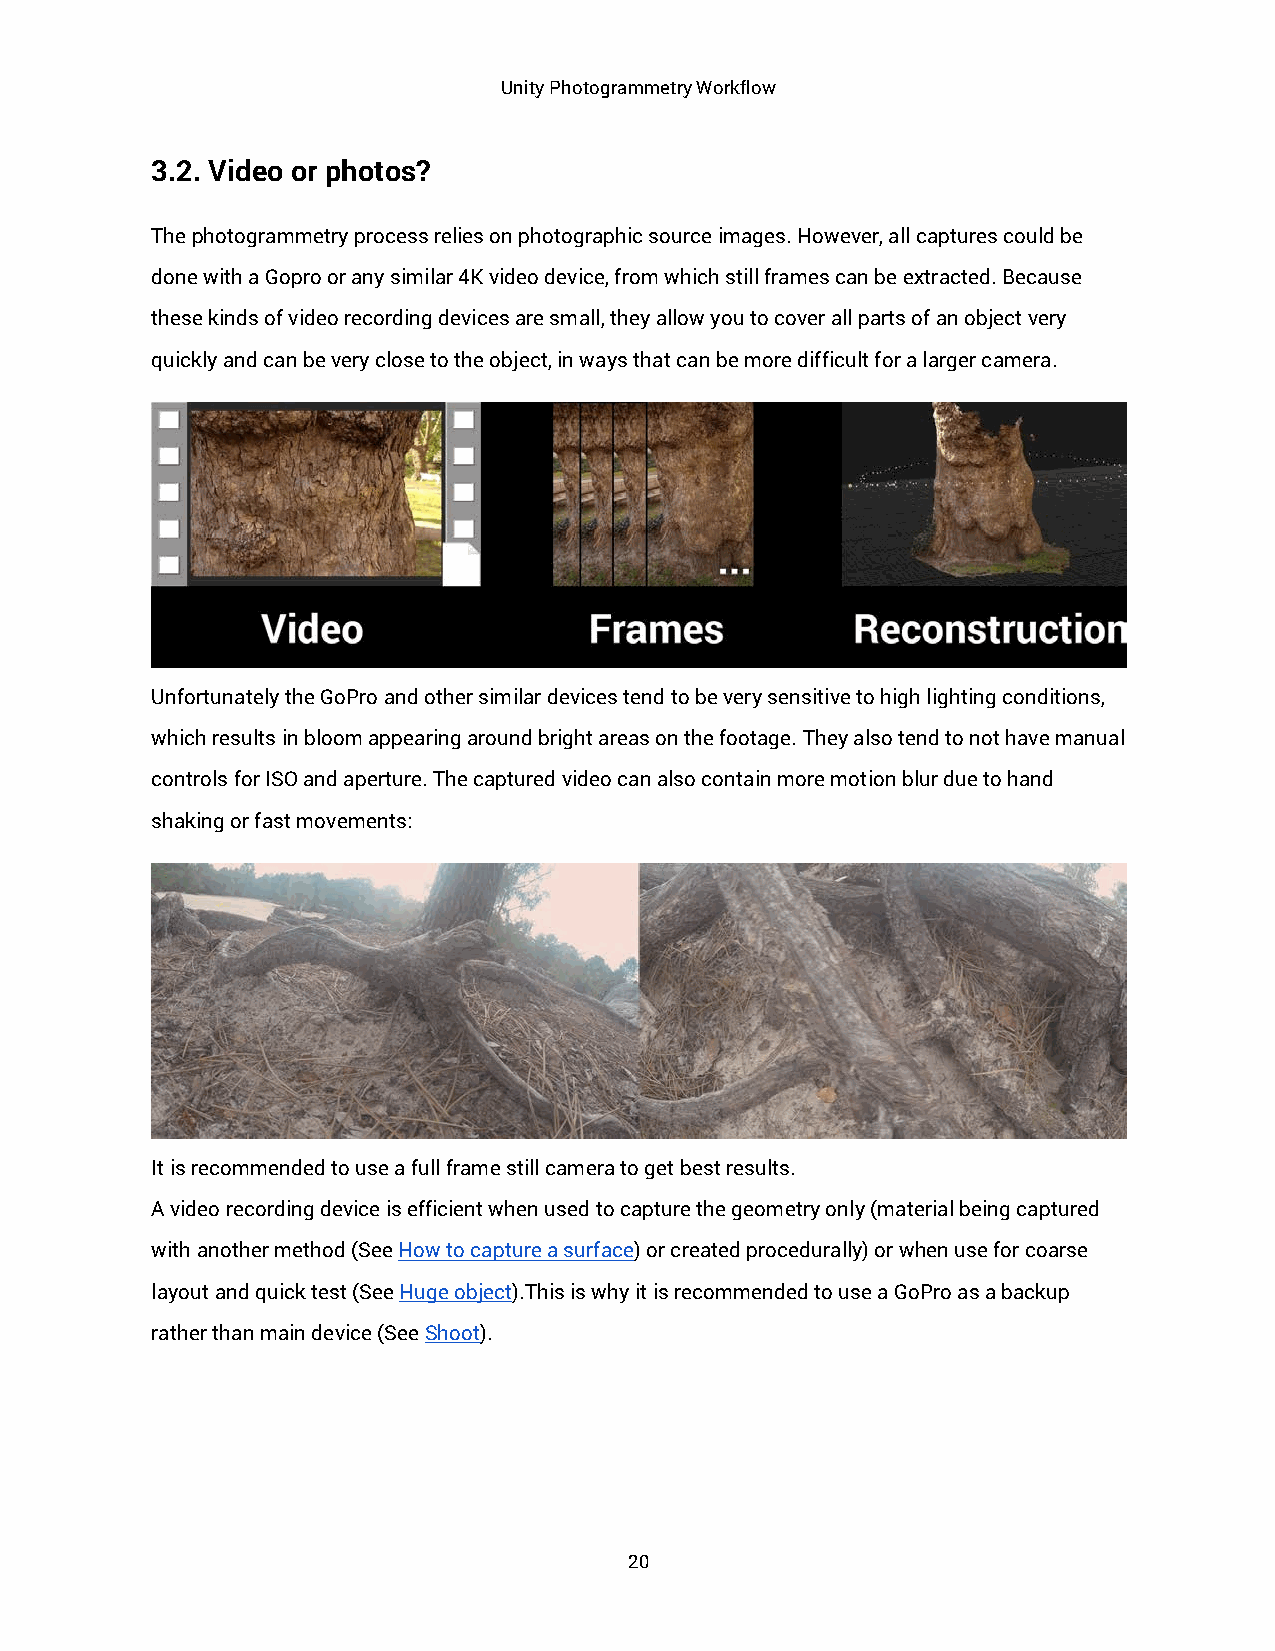
Unity Photogrammetry Workflow
 3.2. Video or photos?
 The photogrammetry process relies on photographic source images. However, all captures could be
 done with a Gopro or any similar 4K video device, from which still frames can be extracted. Because
 these kinds of video recording devices are small, they allow you to cover all parts of an object very
 quickly and can be very close to the object, in ways that can be more difficult for a larger camera.
 Unfortunately the GoPro and other similar devices tend to be very sensitive to high lighting conditions,
 which results in bloom appearing around bright areas on the footage. They also tend to not have manual
 controls for ISO and aperture. The captured video can also contain more motion blur due to hand
 shaking or fast movements:
 It is recommended to use a full frame still camera to get best results.
 A video recording device is efficient when used to capture the geometry only (material being captured
 with another method (See How to capture a surface) or created procedurally) or when use for coarse
 layout and quick test (See Huge object).This is why it is recommended to use a GoPro as a backup
 rather than main device (See Shoot).
 20